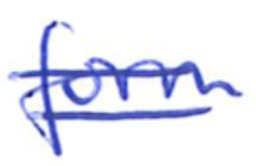
Text: form
Cross-out: mix
Writing tool: ballpoint